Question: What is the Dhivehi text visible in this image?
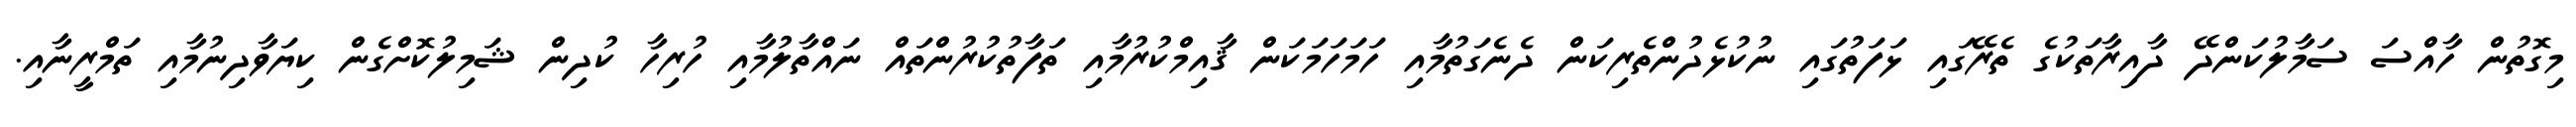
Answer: މިގޮތުން ހާއްސަ ސަމާލުކަންދޭ ދާއިރާތަކުގެ ތެރޭގައި ޅަފަތުގައި ނުކުޅެދުންތެރިކަން ދެނެގަތުމާއި ހަމަހަމަކަން ޤާއިމްކުރުމާއި ތަފާތުކުރުންތައް ނައްތާލުމާއި ހުރިހާ ކުދިން ޝަމިލުކޮށްގެން ކިޔަވާދިނުމާއި ތަމްރީނާއި.